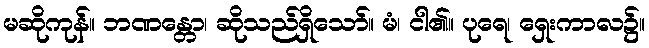
မဆိုကုန်။ ဘဏန္တော၊ ဆိုသည်ရှိသော်။ မံ၊ ငါ၏။ ပုရေ၊ ရှေးကာလ၌။